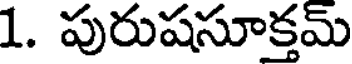
1. పురుషసూక్తమ్